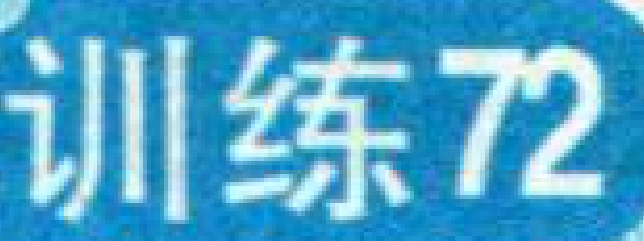
训练72